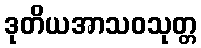
ဒုတိယအာသဝသုတ္တ